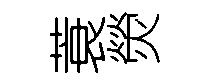
蓑熒